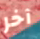
آخر